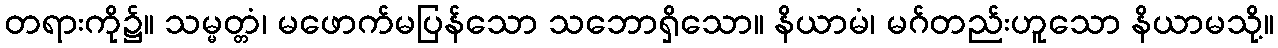
တရားကို၌။ သမ္မတ္တံ၊ မဖောက်မပြန်သော သဘောရှိသော။ နိယာမံ၊ မဂ်တည်းဟူသော နိယာမသို့။